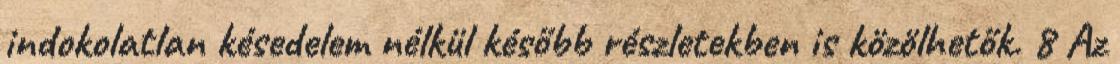
indokolatlan késedelem nélkül később részletekben is közölhetők. 8 Az